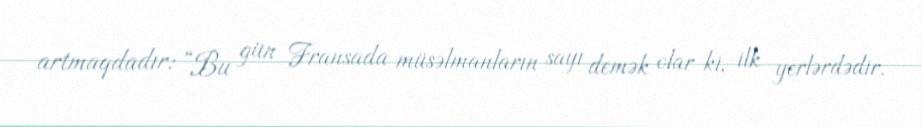
artmaqdadır: “Bu gün Fransada müsəlmanların sayı demək olar ki, ilk yerlərdədir.